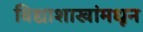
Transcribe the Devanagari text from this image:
विद्याशाखांमधून